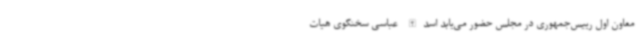
معاون اول رییس‌جمهوری در مجلس حضور می‌یابد اسدالله عباسی سخنگوی هیات